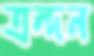
ত্রন্দন